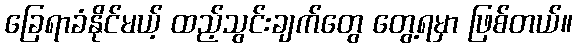
ခြေရာခံနိုင်မယ့် ထည့်သွင်းချက်တွေ တွေ့ရမှာ ဖြစ်တယ်။